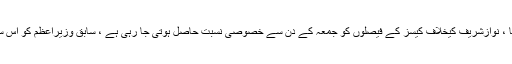
اسلام آباد ( فلک نیوز ) ایون فیلڈ ریفرنس کیس کا فیصلہ 6جولائی بروز جمعۃ المبارک کو سنایا جائے گا ، نوازشریف کیخلاف کیسز کے فیصلوں کو جمعہ کے دن سے خصوصی نسبت حاصل ہوتی جا رہی ہے ، سابق وزیراعظم کو اس سے قبل بھی جولائی 2017 سے اپریل 2018 تک چار مرتبہ جمعہ کے روز ہی نااہل قرار دیا گیا تھا۔